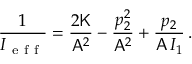
\frac { 1 } { I _ { \mathrm { ~ e ~ f ~ f ~ } } } = \frac { 2 \mathsf { K } } { \mathsf { A } ^ { 2 } } - \frac { p _ { 2 } ^ { 2 } } { \mathsf { A } ^ { 2 } } + \frac { p _ { 2 } } { \mathsf { A } \, I _ { 1 } } \, .